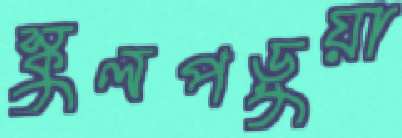
স্কুলপড়ুয়া